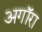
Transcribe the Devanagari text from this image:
अगॉरा